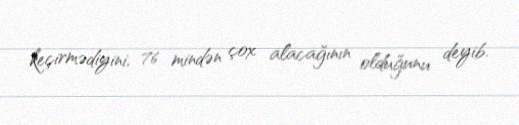
keçirmədiyini, 76 mindən çox alacağının olduğunu deyib.